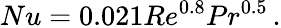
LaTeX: Nu=0.021Re^{0.8}Pr^{0.5}\, .